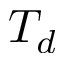
T _ { d }